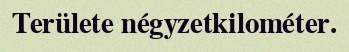
Területe négyzetkilométer.